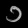
Digit: ၁